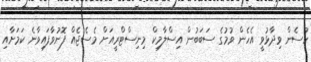
ހުސެން ވިދާޅުވީ އެހެން ވުމުގެ ސަބަބުން އިސްލާމިކް މިނިސްޓްރީއަށް މެސެޖެއް ފޮނުވާފައިވާނެ ކަމަށާއި